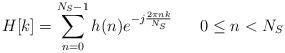
LaTeX: \begin{align*}H[k] = \sum_{n=0}^{N_S-1}h(n)e^{-j\frac{2\pi nk}{N_S}}\;\;\;\;\;\; 0\leq n < N_S\end{align*}